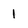
Character: 1